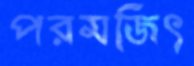
পরমজিৎ